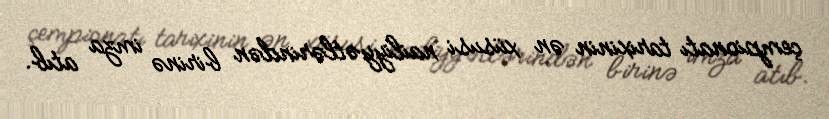
çempionatı tarixinin ən xüsusi nailiyyətlərindən birinə imza atıb.